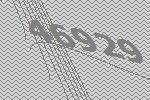
46929